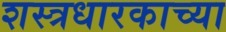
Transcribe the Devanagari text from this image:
शस्त्रधारकाच्या